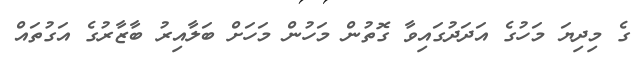
ގެ މިދިޔަ މަހުގެ އަދަދުގައިވާ ގޮތުން މަހުން މަހަށް ބަލާއިރު ބާޒާރުގެ އަގުތައް